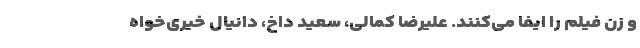
و زن فیلم را ایفا می‌کنند. علیرضا کمالی، سعید داخ، دانیال خیری‌خواه